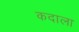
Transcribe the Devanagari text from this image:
कदाला